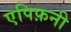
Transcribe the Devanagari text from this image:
एपिफ़नी